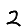
Digit: 2